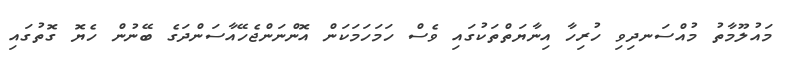
މައުލޫމާތު މުއްސަނދިވި ހުރިހާ އިނާޔަތްތަކުގައި ވެސް ހަމަހަމަކަން އޮންނަންޖެހޭއާސަންދަގެ ބޭނުން ހެޔޮ ގޮތުގައި